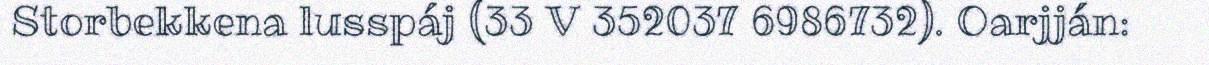
Storbekkena lusspáj (33 V 352037 6986732). Oarjján: